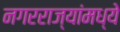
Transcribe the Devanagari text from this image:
नगरराज्यांमध्ये